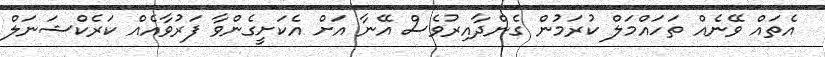
އެތައް ވޭނެއް ތަހައްމަލް ކުރަމުން ގެންދާއިރުވެސް އޭނާ އަށް އެކަށީގެންވާ ފަރުވާއެއް ކަރެކްޝަނަލް